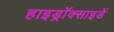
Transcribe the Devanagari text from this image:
हाइड्रॉक्साइडें